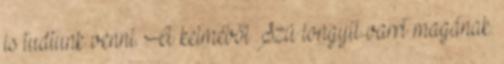
is tudtunk venni. A kelméből Szú longyit varrt magának.